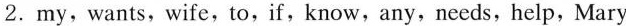
2.my,wants,wife,to,if,know,any,needs,help,Mary